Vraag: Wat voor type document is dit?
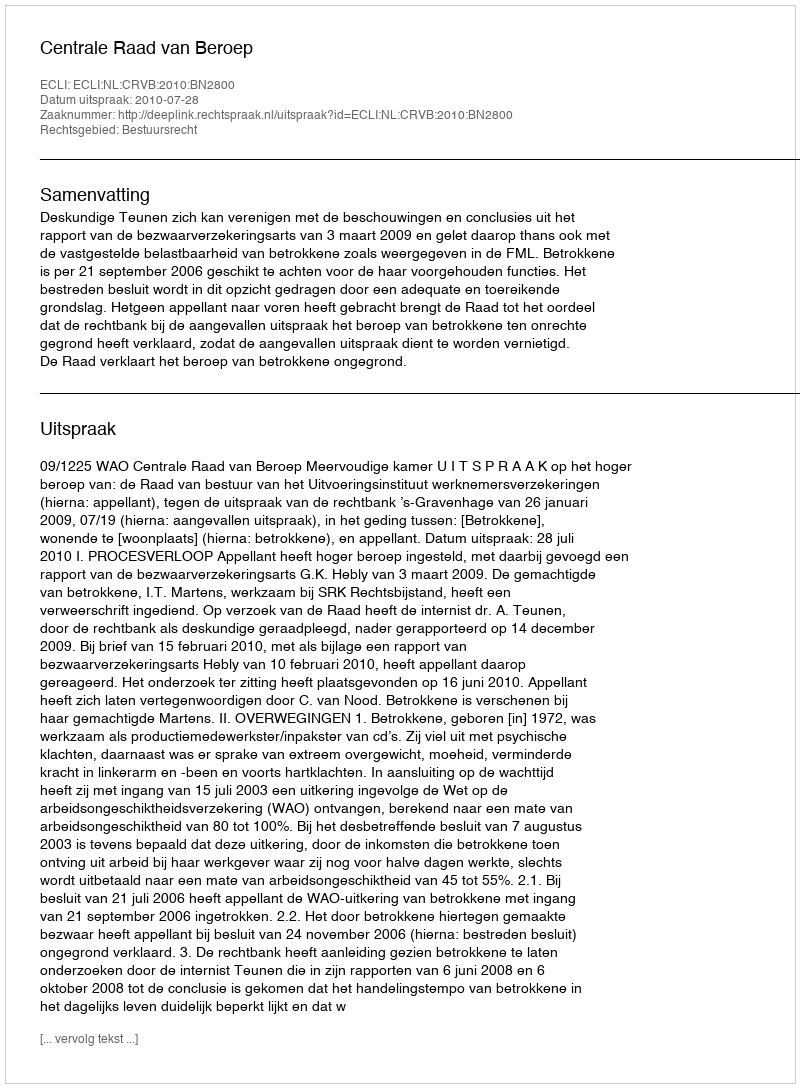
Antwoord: Uitspraak